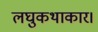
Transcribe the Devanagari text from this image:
लघुकथाकार।